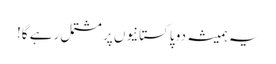
یہ ہمیشہ دو پاکستانیوں پر مشتمل رہے گا!